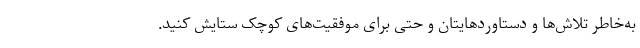
به‌خاطر تلاش‌ها و دستاوردهایتان و حتی برای موفقیت‌های کوچک ستایش کنید.